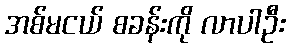
အစ်မငယ် စခန်းကို လာပါဦး